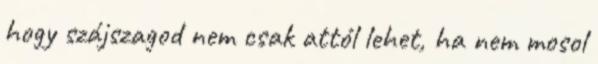
hogy szájszagod nem csak attól lehet, ha nem mosol